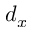
d _ { x }